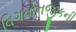
વિગતોનજીકની